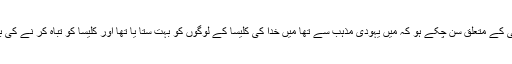
تم میری گزشتہ زندگی کے متعلق سن چکے ہو کہ میں یہودی مذہب سے تھا میں خدا کی کلیسا کے لوگوں کو بہت ستا یا تھا اور کلیسا کو تباہ کر نے کی بہت کو شش کی تھی ۔